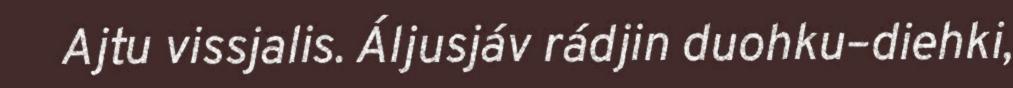
Ajtu vissjalis. Áljusjáv rádjin duohku–diehki,